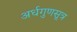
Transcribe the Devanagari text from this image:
अर्धगुणसूत्र